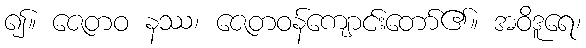
၍။ ဇေတဝ နဿ၊ ဇေတဝန်ကျောင်းတော်၏။ အဝိဒူရေ၊